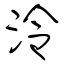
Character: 泠